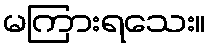
မကြားရသေး။